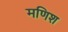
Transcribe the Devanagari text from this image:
मणिश